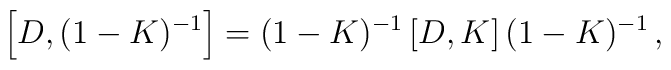
\left[D,(1-K)^{-1}\right] = (1-K)^{-1}\left[ D,K\right] (1-K)^{-1}\, ,